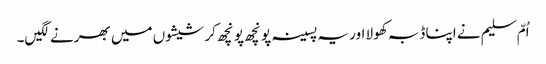
اُمّ سلیم نے اپنا ڈبہ کھولا اور یہ پسینہ پونچھ پونچھ کر شیشوں میں بھرنے لگیں۔